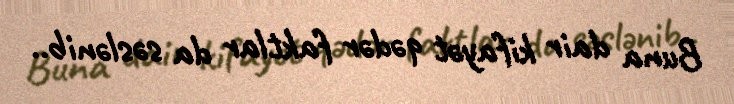
Buna dair kifayət qədər faktlar da səslənib..